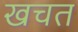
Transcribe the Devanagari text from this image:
खचत